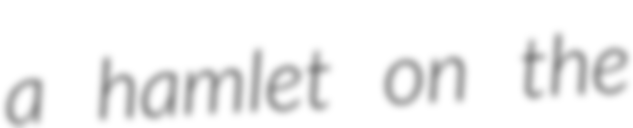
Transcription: a hamlet on the